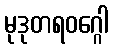
မုဒုတရဝဂ္ဂေါ